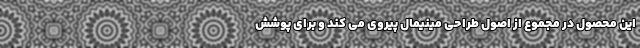
این محصول در مجموع از اصول طراحی مینیمال پیروی می کند و برای پوشش